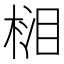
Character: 𣓭